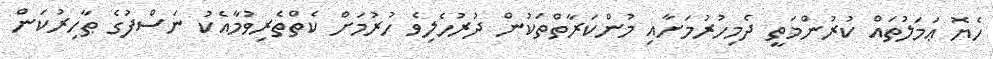
ހެޔޮ ޢަމަލުތައް ކުރުންމަތީ ދެމިހުރުމަށާއި މުންކަރާތްތަކުން ދުރުހެލިވެ ހުރުމަށް ކެތްތެރިވުމާއެކު ނަސްފުގެ ޠާހިރުކަން